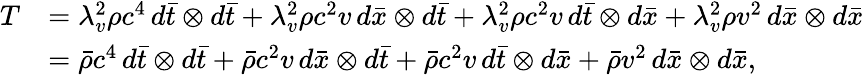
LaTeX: \begin{array}{rl}{T}&{=\lambda_{v}^{2}\rho c^{4}\, d\bar{t}\otimes d\bar{t}+\lambda_{v}^{2}\rho c^{2}v\, d\bar{x}\otimes d\bar{t}+\lambda_{v}^{2}\rho c^{2}v\, d\bar{t}\otimes d\bar{x}+\lambda_{v}^{2}\rho v^{2}\, d\bar{x}\otimes d\bar{x}}\\ &{=\bar{\rho}c^{4}\, d\bar{t}\otimes d\bar{t}+\bar{\rho}c^{2}v\, d\bar{x}\otimes d\bar{t}+\bar{\rho}c^{2}v\, d\bar{t}\otimes d\bar{x}+\bar{\rho}v^{2}\, d\bar{x}\otimes d\bar{x},}\end{array}